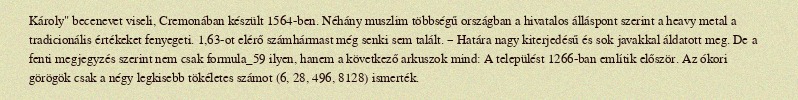
Károly" becenevet viseli, Cremonában készült 1564-ben. Néhány muszlim többségű országban a hivatalos álláspont szerint a heavy metal a tradicionális értékeket fenyegeti. 1,63-ot elérő számhármast még senki sem talált. – Határa nagy kiterjedésű és sok javakkal áldatott meg. De a fenti megjegyzés szerint nem csak formula_59 ilyen, hanem a következő arkuszok mind: A települést 1266-ban említik először. Az ókori görögök csak a négy legkisebb tökéletes számot (6, 28, 496, 8128) ismerték.